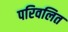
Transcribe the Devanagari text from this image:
परिवलित